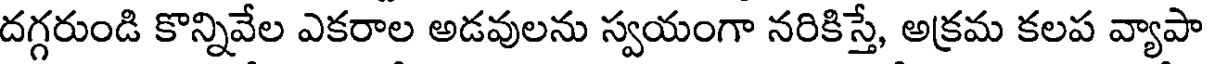
దగ్గరుండి కొన్నివేల ఎకరాల అడవులను స్వయంగా నరికిస్తే, అక్రమ కలప వ్యాపా